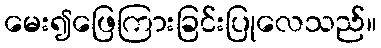
မေး၍ဖြေကြားခြင်းပြုလေသည်။